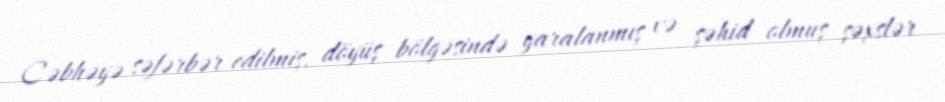
Cəbhəyə səfərbər edilmiş, döyüş bölgəsində yaralanmış və şəhid olmuş şəxslər